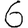
Digit: 6